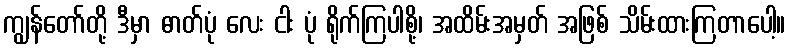
ကျွန်တော်တို့ ဒီမှာ ဓာတ်ပုံ လေး ငါး ပုံ ရိုက်ကြပါစို့၊ အထိမ်းအမှတ် အဖြစ် သိမ်းထားကြတာပေါ့။